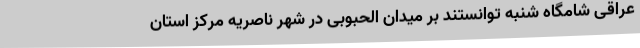
عراقی شامگاه شنبه توانستند بر میدان الحبوبی در شهر ناصریه مرکز استان